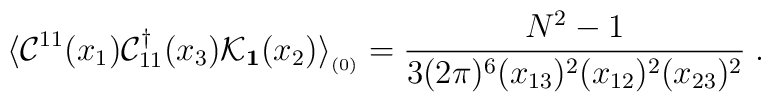
\langle {\cal C}^{11}(x_{1}) {\cal C}^\dagger_{11}(x_{3})   {\cal K}_{{\bf   1}}(x_{2}) \rangle_{_{(0)}}  =  {N^{2}-1 \over 3 (2\pi)^{6} (x_{13})^{2}(x_{12})^{2}(x_{23})^{2}} \; .